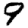
Digit: 9